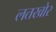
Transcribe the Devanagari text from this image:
लतखोर